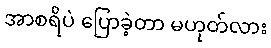
အာစရိပဲ ပြောခဲ့တာ မဟုတ်လား